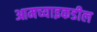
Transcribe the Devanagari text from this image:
आमच्याइकडील